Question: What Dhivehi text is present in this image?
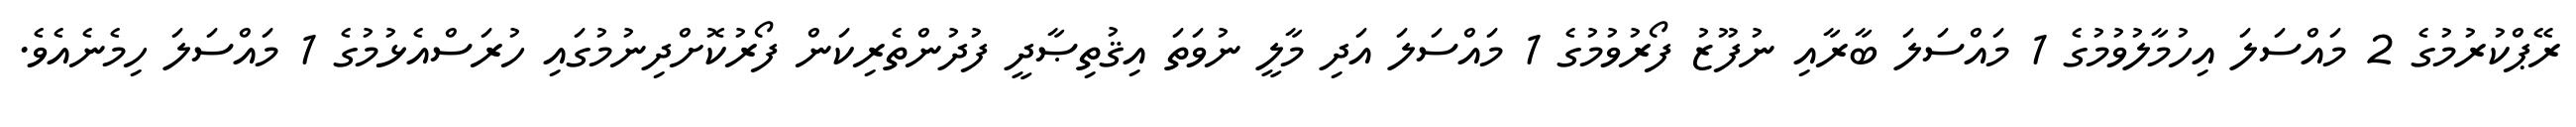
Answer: ރޭޕްކުރުމުގެ 2 މައްސަލަ އިހުމާލުވުމުގެ 1 މައްސަލަ ބާރާއި ނުފޫޒު ފޯރުވުމުގެ 1 މައްސަލަ އަދި މާލީ ނުވަތަ އިޤުތިޞާދީ ފުދުންތެރިކަން ފޯރުކޮށްދިނުމުގައި ހުރަސްއެޅުމުގެ 1 މައްސަލަ ހިމެނެއެވެ.